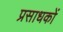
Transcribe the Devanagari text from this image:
प्रसाधकों